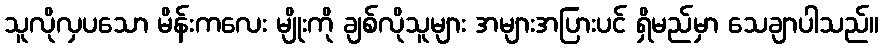
သူလိုလှပသော မိန်းကလေး မျိုးကို ချစ်လိုသူများ အများအပြားပင် ရှိမည်မှာ သေချာပါသည်။